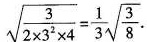
\sqrt{ \frac{3}{2 \times 3^{2} \times 4}}= \frac{1}{3} \sqrt{ \frac{3}{8}}